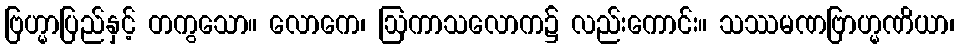
ဗြဟ္မာပြည်နှင့် တကွသော။ လောကေ၊ ဩကာသလောက၌ လည်းကောင်း။ သဿမဏဗြာဟ္မဏိယာ၊